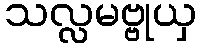
သလ္လမဗ္ဗုယှ